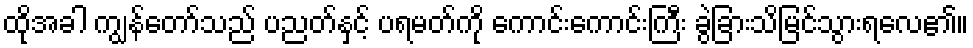
ထိုအခါ ကျွန်တော်သည် ပညတ်နှင့် ပရမတ်ကို ကောင်းကောင်းကြီး ခွဲခြားသိမြင်သွားရလေ၏။